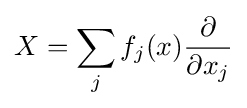
X=\sum _{j}f_{j}(x){\partial  \over \partial x_{j}}